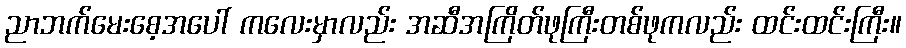
ညာဘက်မေးစေ့အပေါ် ကလေးမှာလည်း အဆီအကြိတ်ဖုကြီးတစ်ဖုကလည်း ထင်းထင်းကြီး။